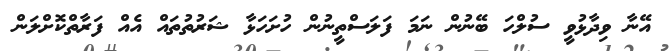
އޭނާ ވިދާޅުވީ ސުލްހަ ބޭނުން ނަމަ ފަލަސްތީނުން ހުށަހަޅާ ޝަރުތުތައް އެއް ފަރާތްކޮށްލަން